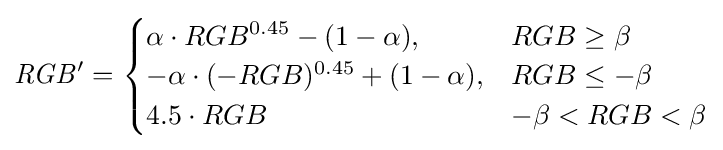
{\mathit {RGB^{\prime }={\begin{cases}\alpha \cdot RGB^{0.45}-(1-\alpha ),&RGB\geq \beta \\-\alpha \cdot (-RGB)^{0.45}+(1-\alpha ),&RGB\leq -\beta \\4.5\cdot RGB&-\beta <RGB<\beta \\\end{cases}}}}